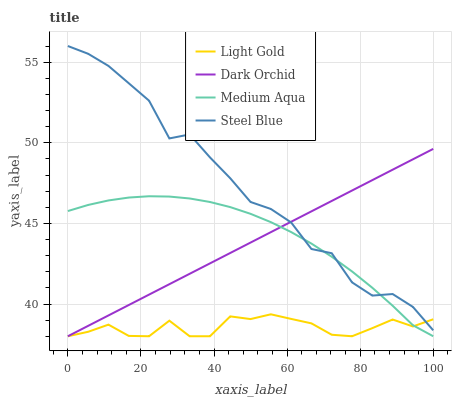
| xaxis_label | Light Gold | Dark Orchid | Medium Aqua | Steel Blue |
 | --- | --- | --- | --- | --- |
 | 0 | 38 | 38 | 45.8 | 56 |
 | 5.56 | 38.3 | 38.6 | 46.1 | 55.5 |
 | 11.1 | 38.7 | 39.3 | 46.4 | 54.8 |
 | 16.7 | 38 | 39.9 | 46.6 | 53.7 |
 | 22.2 | 38 | 40.6 | 46.7 | 52.6 |
 | 27.8 | 39 | 41.2 | 46.7 | 50.3 |
 | 33.3 | 38 | 41.9 | 46.5 | 50.5 |
 | 38.9 | 38 | 42.5 | 46.3 | 49.1 |
 | 44.4 | 39.2 | 43.2 | 46 | 47.8 |
 | 50 | 39.1 | 43.8 | 45.6 | 46.3 |
 | 55.6 | 39.4 | 44.5 | 45.1 | 45.9 |
 | 61.1 | 39.1 | 45.1 | 44.5 | 45.1 |
 | 66.7 | 38.8 | 45.7 | 43.7 | 43.4 |
 | 72.2 | 38.1 | 46.4 | 42.9 | 43.1 |
 | 77.8 | 38 | 47 | 42 | 41.3 |
 | 83.3 | 38.5 | 47.7 | 41 | 40.5 |
 | 88.9 | 39 | 48.3 | 39.9 | 40.6 |
 | 94.4 | 38.6 | 49 | 38.7 | 39.8 |
 | 100 | 39.1 | 49.6 | 38 | 38.4 |